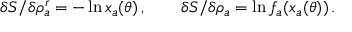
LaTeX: \delta S / \delta \rho _ { a } ^ { r } = - \ln x _ { a } ( \theta ) \, , \qquad \delta S / \delta \rho _ { a } = \ln f _ { a } ( x _ { a } ( \theta ) ) \, .